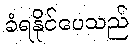
ခံရနိုင်ပေသည်